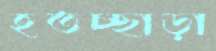
হতচ্ছাড়া